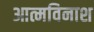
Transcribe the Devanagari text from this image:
आत्मविनाश